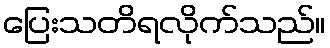
ပြေးသတိရလိုက်သည်။